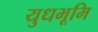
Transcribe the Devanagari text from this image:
युधभूमि